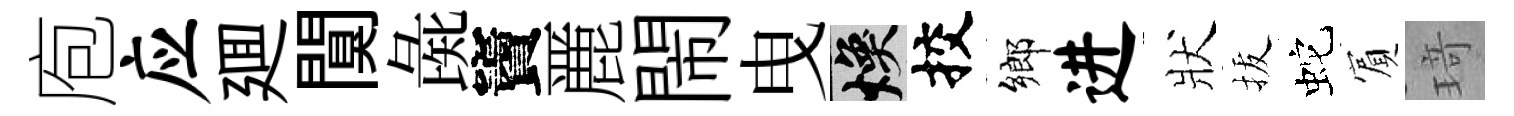
庖应廽闃彘竇䴡閙曳焕挍鄉进狀拔蛇賔𤦺